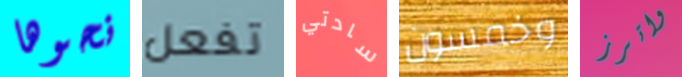
نحوها تفعل سادتي وخمسون واترز